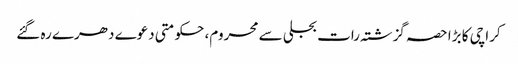
کراچی کا بڑا حصہ گزشتہ رات بجلی سے محروم، حکومتی دعوے دھرے رہ گئے